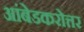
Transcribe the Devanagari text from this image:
आंबेडकरोत्तर